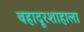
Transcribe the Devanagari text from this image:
बहादूरशाहाला